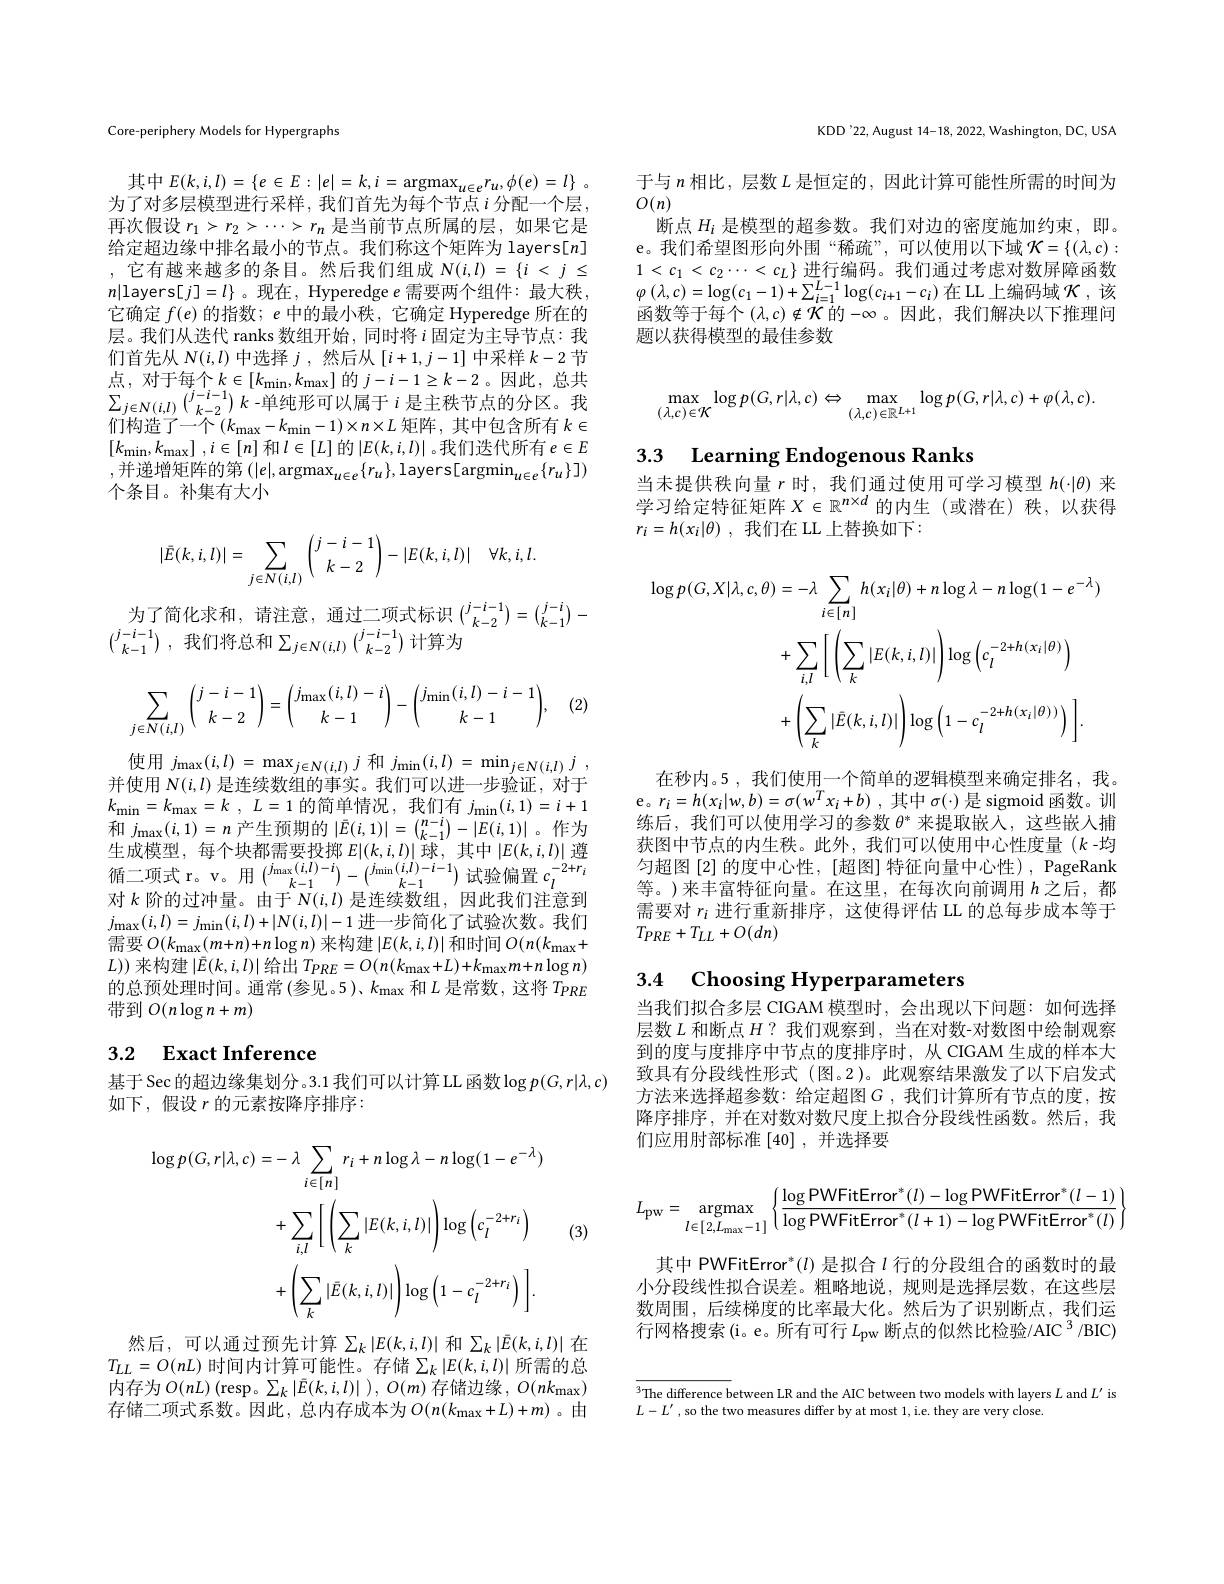
Core-periphery Models for Hypergraphs

其中$E( k, i, l) = \{ e\in E: | e| = k, i= \operatorname { argmax} _{u\in e}r_u, \phi ( e) = l\}$ . 为了对多层模型进行采样，我们首先为每个节点$i$ 分配一个层， 再次假设$r_1>r_2>\cdots>r_n$是当前节点所属的层，如果它是给定超边缘中排名最小的节点。我们称这个矩阵为 layers[n] ,它有越来越多的条目。然后我们组成$N(i,l)=\{i<j\leq$ $n|$layers[$j]=l\}$ 。现在，Hyperedge $e$ 需要两个组件：最大秩， 它确定$f(e)$的指数；$e$中的最小秩，它确定 Hyperedge 所在的层。我们从迭代 ranks 数组开始，同时将$i$固定为主导节点：我们首先从$N(i,l)$中选择$j$,然后从$[i+1,j-1]$中采样$k-2$节点，对于每个$k\in[k_{\mathrm{min}},k_{\mathrm{max}}]$的$j-i-1\geq k-2$。因此，总共$\sum_{j\in N(i,l)}\binom{j-i-1}{k-2}k$ -单纯形可以属于$i$是主秩节点的分区。我们构造了一个$(k_\mathrm{max}-k_\mathrm{min}-1)\times n\times L$ 矩阵，其中包含所有 $k\in$ $[ k_{\mathrm{min}}, k_{\mathrm{max}}]$ $, i\in [ n]$ 和$l\in[L]$ 的$|E(k,i,l)|$。我们迭代所有 $e\in E$ ,并递增矩阵的第$\left(|e|,\arg\max_u\in e\{r_u\},\mathrm{layers}[\arg\min_{u\in e}\{r_u\}]\right)$ 个条目。补集有大小
$$|\bar{E}(k,i,l)|=\sum\limits_{j\in N(i,l)}\binom{j-i-1}{k-2}-|E(k,i,l)|\quad\forall k,i,l.$$
为了简化求和，请注意，通过二项式标识$\binom{j-i-1}{k-2}=\binom{j-i}{k-1}-$
$\binom {j- i- 1}{k- 1}$ ,我们将总和$\sum_j\in N(i,l)\binom{j-i-1}{k-2}$计算为

(2.
$$\displaystyle\sum_{j\in N(i,l)}\binom{j-i-1}{k-2}=\binom{j_{\max}(i,l)-i}{k-1}-\binom{j_{\min}(i,l)-i-1}{k-1},$$
使用$j_\max(i,l)=\max_{j\in N(i,l)}j$和$j_\min(i,l)=\min_{j\in N(i,l)}j$, 并使用$N(i,l)$是连续数组的事实。我们可以进一步验证，对于$k_{\mathrm{min}}= k_{\mathrm{max}}= k$ , $L= 1$的简单情况，我们有$j_\mathrm{min}(i,1)=i+1$ 和$j_{\max}(i,1)=n$产生预期的$|\bar{E}(i,1)|=\binom{n-i}{k-1}-|E(i,1)|$。作为生 成 模 型 , 每 个 块 都 需 要 投 掷 $E| ( k, i, l) |$球 , 其 中 $| E( k, i, l) |$ 遵 循 二 项 式 r。v。用 $\binom {j_{\max }( i, l) - i}{k- 1}- \binom {j_{\min }( i, l) - i- 1}{k- 1}$试 验 偏 置 $c_l^{- 2+ r_i}$ 对 $k$ 阶 的 计 冲 早 。由 工 $N( i, l)$ 目 在 结 数 4日 田 此 年 们 计 率 列对$k$阶的过冲量。由于$N(i,l)$是连续数组，因此我们注意到$j_{\max}(i,l)=j_{\min}(i,l)+|N(i,l)|-1$进一步简化了试验次数。我们需要$O(k_{\max}(m+n)+n\log n)$来构建$|E(k,i,l)|$和时间$O(n(k_{\max}+$ $L))$来构建$|\bar{E}(k,i,l)|$给出$T_{PRE}=O(n(k_{\mathrm{max}}+L)+k_{\mathrm{max}}m+n\log n)$ 的总预处理时间。通常(参见。5)、$k_\mathrm{max}$和$L$是常数，这将$T_{PRE}$ 带到$O(n\log n+m)$

# 3.2 Exact Inference

基于 Sec 的超边缘集划分。3.1 我们可以计算 LL 函数$\log p(G,r|\lambda,c)$
如下，假设$r$的元素按降序排序：
$$\begin{aligned}\log p(G,r|\lambda,c)&=-\:\lambda\sum_{i\in[n]}r_{i}+n\log\lambda-n\log(1-e^{-\lambda})\\&+\sum_{i,l}\left[\left(\sum_{k}|E(k,i,l)|\right)\log\left(c_{l}^{-2+r_{i}}\right)\\&+\left(\sum_{k}|\bar{E}(k,i,l)|\right)\log\left(1-c_{l}^{-2+r_{i}}\right)\:\right].\end{aligned}$$
(3)

然后，可以通过预先计算$\sum_k\left|E(k,i,l)\right|$和$\sum_k\left|\bar{E}(k,i,l)\right|$在$T_{LL}=O(nL)$ 时间内计算可能性。存储$\sum_k\left|E(k,i,l)\right|$所需的总内存为$O(nL)\left(\mathrm{resp。}\sum_{k}\left|\bar{E}(k,i,l)\right|\right),O(m)$存储边缘，$O(nk_\mathrm{max})$ 存储二项式系数。因此，总内存成本为$O(n(k_\mathrm{max}+L)+m)$ 。由

KDD'22, August 14-18, 2022, Washington, DC, USA

于与$n$相比，层数$L$是恒定的，因此计算可能性所需的时间为
$O(n)$
断点$H_i$是模型的超参数。我们对边的密度施加约束，即。e。我们希望图形向外围“稀疏”,可以使用以下域$\mathcal{K}=\{(\lambda,c):$ $1<c_1<c_2\cdots<c_L\}$进行编码。我们通过考虑对数屏障函数$\varphi\left(\lambda,c\right)=\log(c_{1}-1)+\sum_{i=1}^{L-1}\log(c_{i+1}-c_{i})$ 在 LL 上编码域 $\mathcal{K}$ ,该函数等于每个 $(\lambda,c)\not\in\mathcal{K}$ 的$-\infty$。因此，我们解决以下推理问题以获得模型的最佳参数
$$\max\limits_{(\lambda,c)\in\mathcal{K}}\log p(G,r|\lambda,c)\Leftrightarrow\max\limits_{(\lambda,c)\in\mathbb{R}^{L+1}}\log p(G,r|\lambda,c)+\varphi(\lambda,c).$$
3.3 Learning Endogenous Ranks

当未提供秩向量$r$时，我们通过使用可学习模型$h(\cdot|\theta)$来学习给定特征矩阵$X\in\mathbb{R}^{n\times d}$的内生 (或潜在)秩，以获得$r_i= h( x_i| \theta )$ ,我们在 LL 上替换如下：
$$\begin{aligned}\log p(G,X|\lambda,c,\theta)&=-\lambda\sum_{i\in[n]}h(x_{i}|\theta)+n\log\lambda-n\log(1-e^{-\lambda})\\&+\sum_{i,l}\left[\left(\sum_{k}|E(k,i,l)|\right)\log\left(c_{l}^{-2+h(x_{i}|\theta)}\right)\\&+\left(\sum_{k}|\bar{E}(k,i,l)|\right)\log\left(1-c_{l}^{-2+h(x_{i}|\theta))}\right)\:\right].\end{aligned}$$
在秒内。5 ,我们使用一个简单的逻辑模型来确定排名，我。e。$r_i= h( x_i| w, b) = \sigma ( w^Tx_i+ b)$ ,其中 $\sigma(\cdot)$ 是 sigmoid 函数。训练后，我们可以使用学习的参数$\theta^*$来提取嵌人，这些嵌入捕获图中节点的内生秩。此外，我们可以使用中心性度量(k-均匀超图[2]的度中心性，[超图]特征向量中心性),PageRank 等。)来丰富特征向量。在这里，在每次向前调用$h$之后，都需要对$r_i$进行重新排序，这使得评估 LL 的总每步成本等于$T_{PRE}+T_{LL}+O(dn)$

# 3.4 Choosing Hyperparameters

当我们拟合多层 CIGAM 模型时，会出现以下问题：如何选择层数$L$和断点$H?$我们观察到，当在对数-对数图中绘制观察到的度与度排序中节点的度排序时，从 CIGAM 生成的样本大致具有分段线性形式 (图。2)。此观察结果激发了以下启发式方法来选择超参数：给定超图$G$,我们计算所有节点的度，按降序排序，并在对数对数尺度上拟合分段线性函数。然后，我们应用肘部标准$\left[40\right]$,并选择要
$$L_{\text{pw}}=\underset{l\in[2,L_{\text{max}}-1]}{\text{argmax}}\left\{\frac{\log\text{PWFitError}^*(l)-\log\text{PWFitError}^*(l-1)}{\log\text{PWFitError}^*(l+1)-\log\text{PWFitError}^*(l)}\right\}$$
其中 PWFitError$^*(l)$是拟合$l$行的分段组合的函数时的最小分段线性拟合误差。粗略地说，规则是选择层数，在这些层数周围，后续梯度的比率最大化。然后为了识别断点，我们运行网格搜索(i。e。所有可行$L_\mathrm{pw}$断点的似然比检验/AIC 3 /BIC)

$^3$The difference between LR and the AIC between two models with layers $L$ and $L^\prime$ is
$L-L^{\prime}$ , so the two measures differ by at most 1, i.e. they are very close